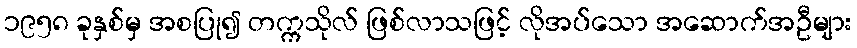
၁၉၅၈ ခုနှစ်မှ အစပြု၍ တက္ကသိုလ် ဖြစ်လာသဖြင့် လိုအပ်သော အဆောက်အဦများ